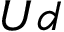
{ U d }